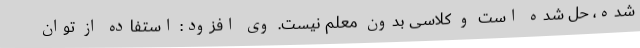
شده، حل شده است و کلاسی بدون معلم نیست. وی افزود: استفاده از توان